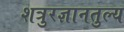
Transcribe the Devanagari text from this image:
शत्रुरज्ञानतुल्य